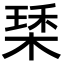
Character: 𣕰